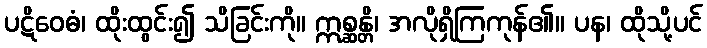
ပဋိဝေဓံ၊ ထိုးထွင်း၍ သိခြင်းကို။ ဣစ္ဆန္တိ၊ အလိုရှိကြကုန်၏။ ပန၊ ထိုသို့ပင်